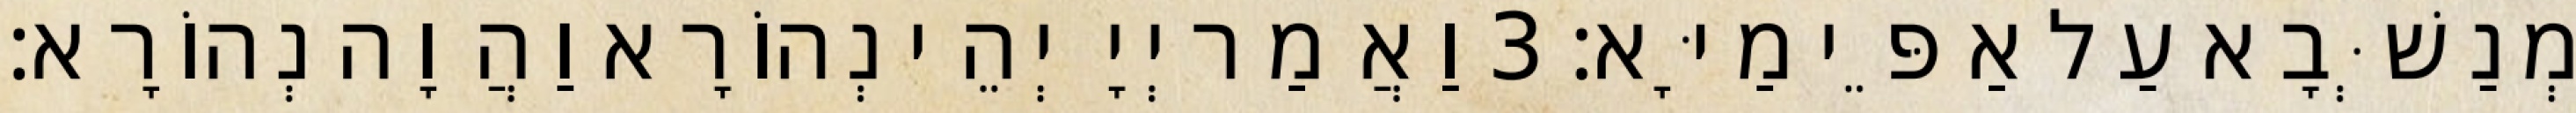
מְנַשְּׁבָא עַל אַפֵּי מַיָּא׃ 3 וַאֲמַר יְיָ יְהֵי נְהוֹרָא וַהֲוָה נְהוֹרָא׃